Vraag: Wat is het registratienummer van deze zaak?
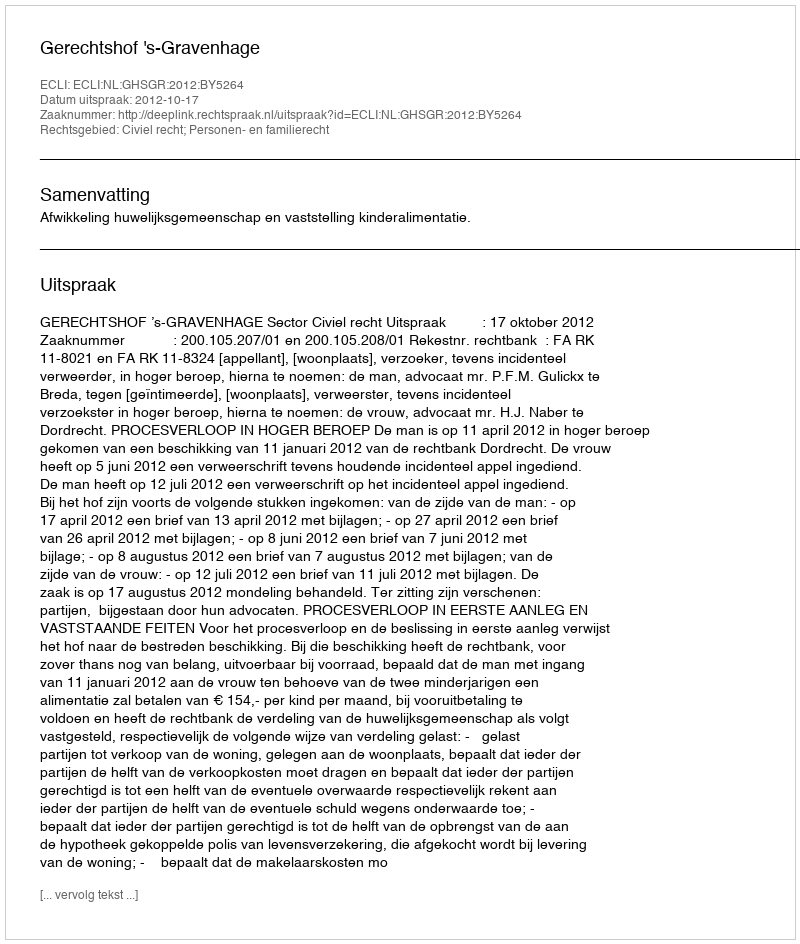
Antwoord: http://deeplink.rechtspraak.nl/uitspraak?id=ECLI:NL:GHSGR:2012:BY5264